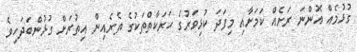
ގުޅުމެއް އޮންނަ ރަށެއް ކަމަށާއި މިފަދަ ކުޅިވަރުގެ ހަރަކާތްތަކުގެ ތެރެއިން އިތުރަށް ގުޅުންބަދަހިވެ